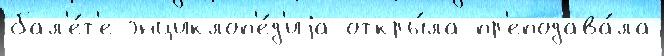
бал'е́т'е энциклоп'е́д'иjа откры́ла пр'еподава́ла